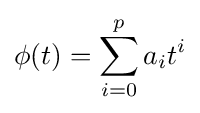
\phi (t)=\sum _{i=0}^{p}a_{i}t^{i}